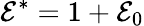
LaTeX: \mathcal{E}^{*}=1+\mathcal{E}_{0}